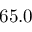
6 5 . 0